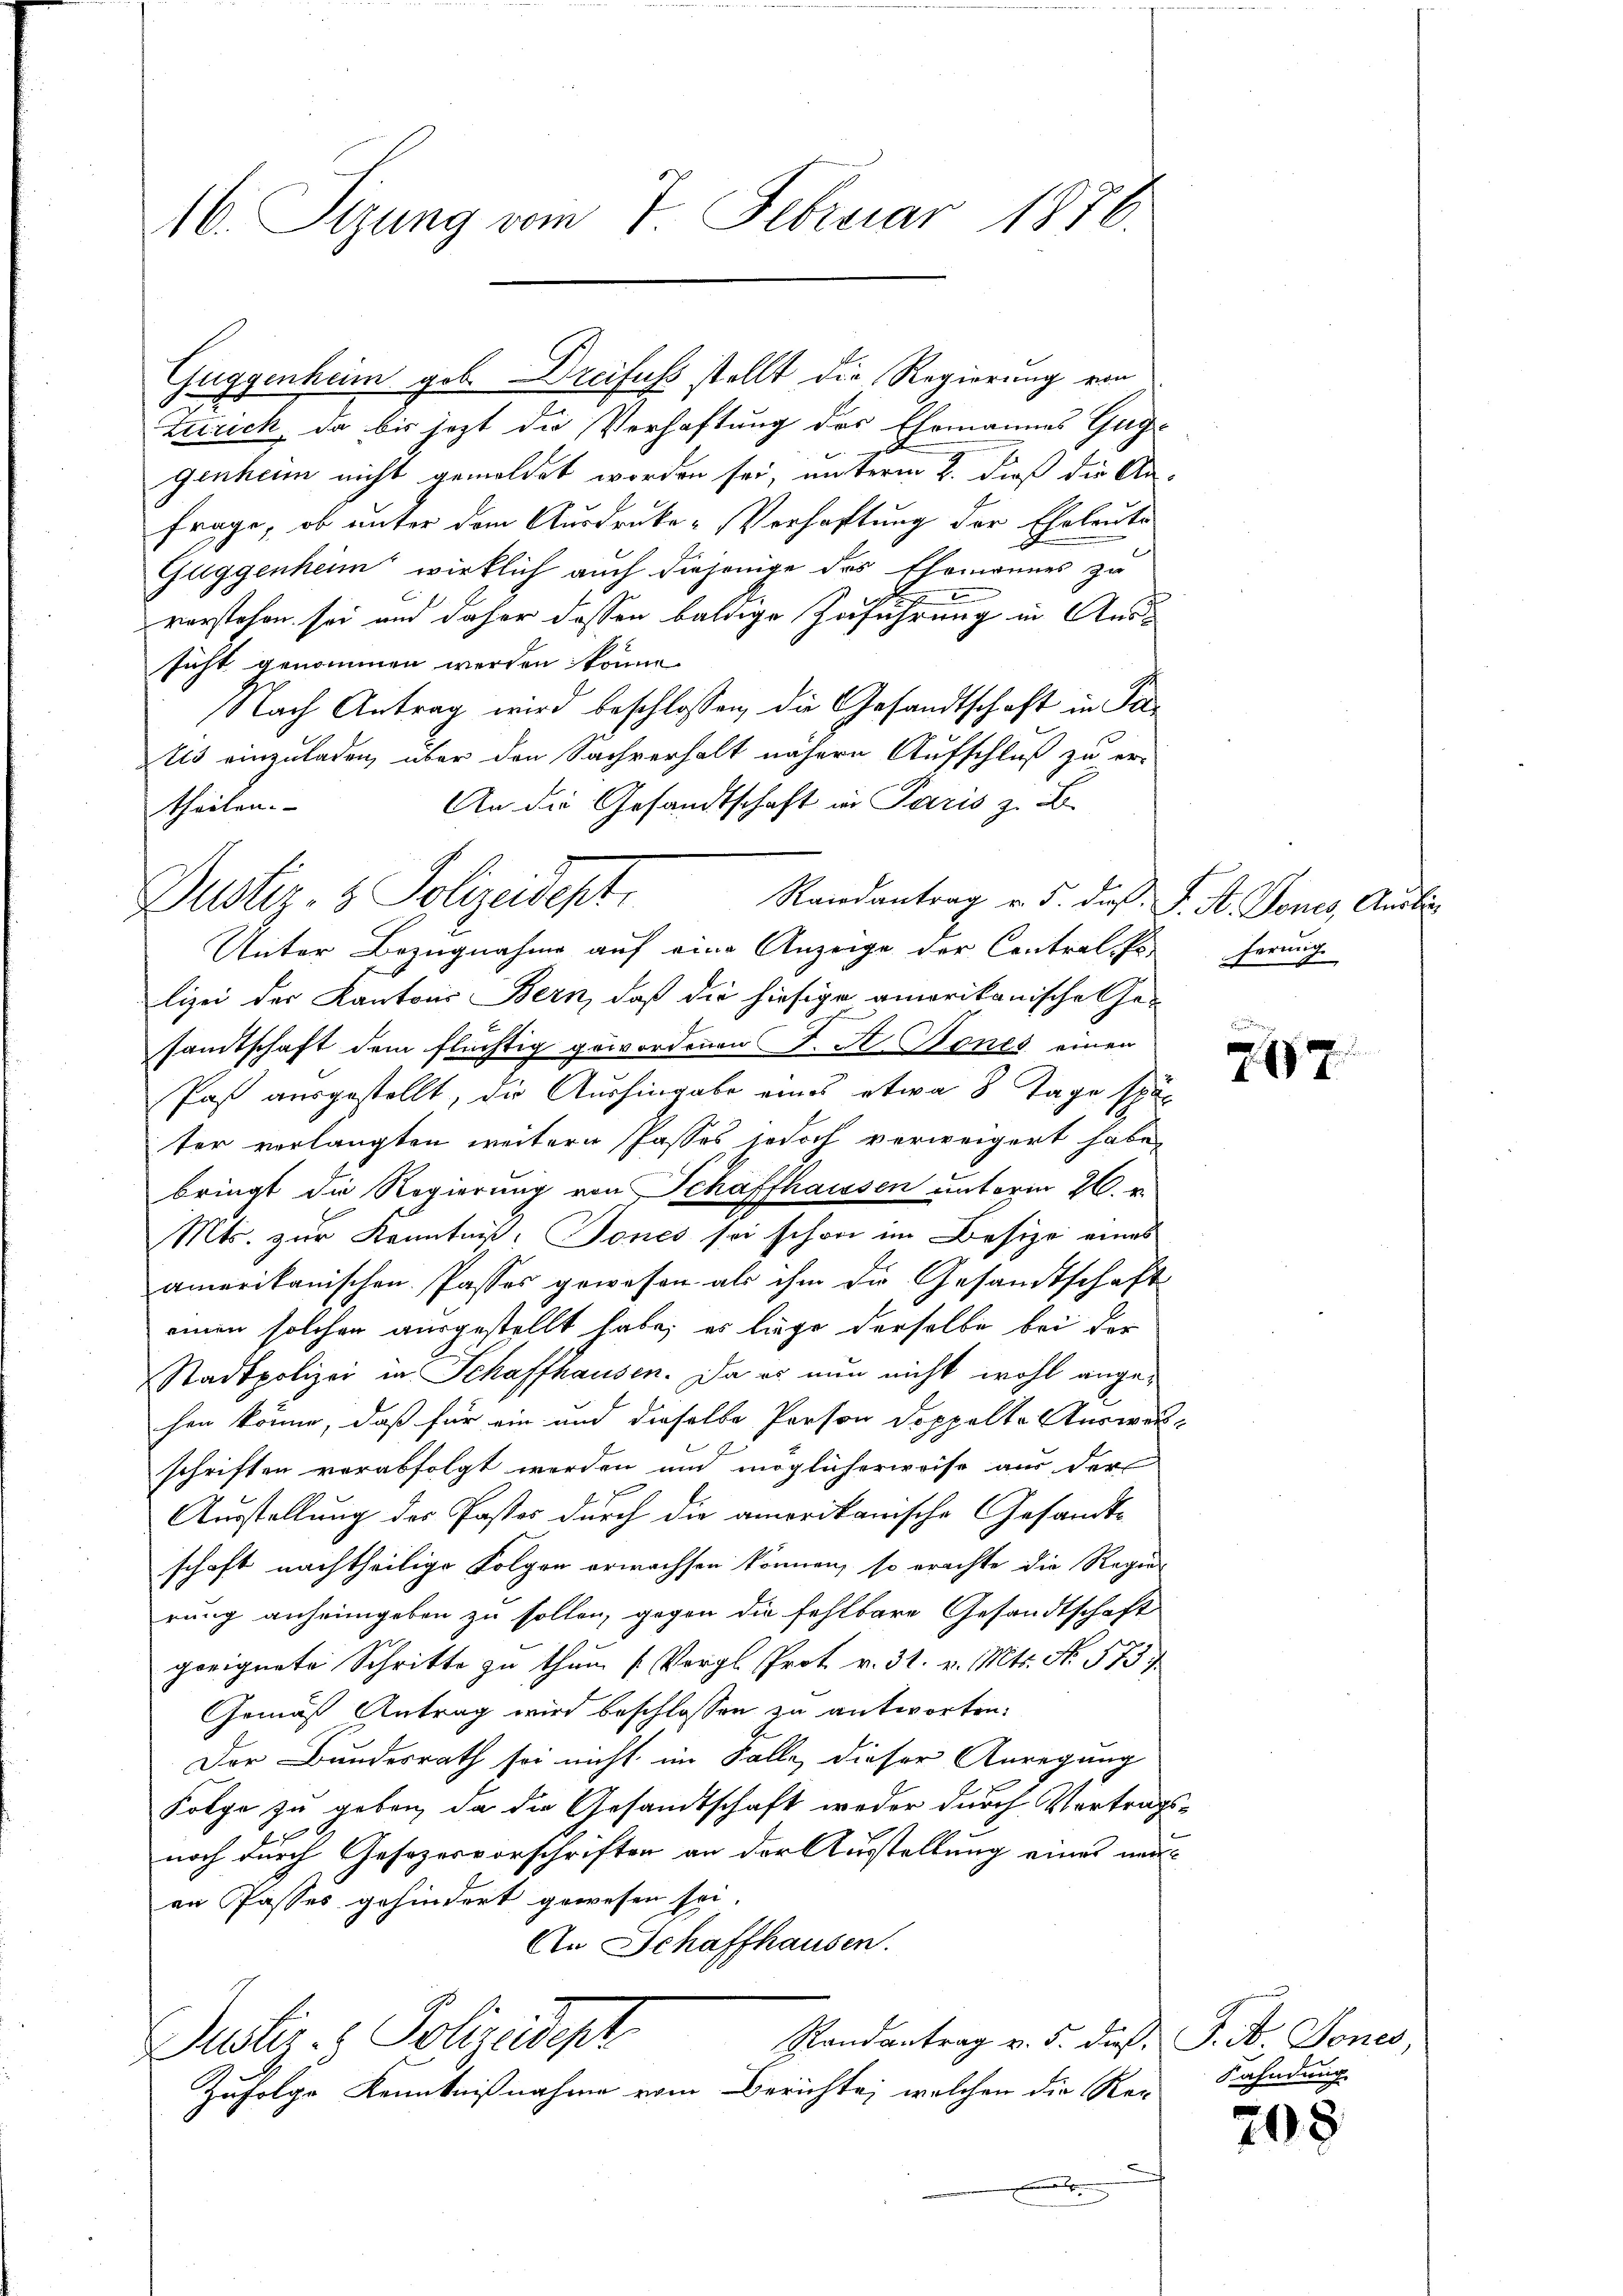
16. Sizung vom 7. Februar 1876.

Guggenheim geb. Dreifuss stellt die Regierung von
turich, da bis jezt die Verhaftung des Ehemannes Guggenheim nicht gemeldet worden sei, unterm 2. dieß die An-
frage, ob unter dem Ausdrucke-Verhaftung der Eheleute
Guggenheim wirklich auch diejenige des Thomannes zu
vorstehen sei und daher dassen baldige Gesuchung in Aussicht genommen werden könne.
Nach Antrag wird beschlossen, die Gesandtschaft in Pauis einzuladen, über den Sachverhalt nähern Aufschluß zu er-
An die Gesandtschaft in Paris z. B.
theilen.
Randantrag v. 5. daß F. A. Tones, Ausbi
Unter Bezugnahme auf eine Anzeige der Contral-Porferung
lizei der Kantons Bern, daß die hiesige amerikanische Ge-
liche
sandtschaft dem flüchtig gewordenen J. A. Sones einen
Post ausgestellt, die Aushingabe eines etwa 8 Tage später verlangten weitern Passes jedoch verweigert habe,
bringt die Regierung von Schaffhausen unterm 26. v.
Mts. zur Kenntniß: Jones sei schon im Besize eines
amerikanischen Passes gewesen als ihm die Gesandtschaft
einen solchen ausgestellt habe; es liege derselbe bei der
Stadtpolizei in Schaffhausen. Da es nun nicht wohl angehen könne, daß für ein und dieselbe Person doppelte Auswärschriften verabfolgt werden und möglicherweise aus der
Ausstellung des Pastes durch die amerikanische Gesandtschaft nachtheilige Folgen erwachsen können, so erachte die Regier
rung anheimgeben zu sollen, gegen die fehlbare Gesandtschaft
geeignete Schritte zu thum (Vergl. Prot. v. 31. v. Mts. N. 575)
Gemäß Antrag wird beschlossen zu antworten.
Der Bundesrath sei nicht im Falle, dieser Anregung
Folge zu geben, da die Gesandtschaft weder durch Vertragsd
noch durch Gesezesvorschriften an der Ausstellung eines nach
an Passes gehindert gewesen sei.
An Schaffhausen.
Randantrag v. 5. dieß F. B. Sones,
Justi - Polizeident
Zufolge Kenntnißnahme vom Berichte, welchen die Ker

Dustiz- & Polizeidept

7

Fahndung

708